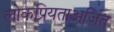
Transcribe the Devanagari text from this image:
लोकप्रियताअर्जित